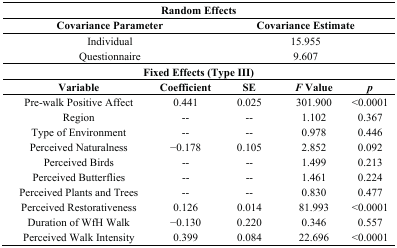
<table><thead><tr><td colspan="5"><b>Random Effects</b></td></tr><tr><td colspan="2"><b>Covariance Parameter</b></td><td colspan="3"><b>Covariance Estimate</b></td></tr></thead><tbody><tr><td colspan="2">Individual</td><td colspan="3">15.955</td></tr><tr><td colspan="2">Questionnaire</td><td colspan="3">9.607</td></tr><tr><td colspan="5"><b>Fixed Effects (Type III)</b></td></tr><tr><td><b>Variable</b></td><td><b>Coefficient</b></td><td><b>SE</b></td><td><b><i>F</i> Value</b></td><td><b><i>p</i></b></td></tr><tr><td>Pre-walk Positive Affect</td><td>0.441</td><td>0.025</td><td>301.900</td><td>&lt;0.0001</td></tr><tr><td>Region</td><td>--</td><td>--</td><td>1.102</td><td>0.367</td></tr><tr><td>Type of Environment</td><td>--</td><td>--</td><td>0.978</td><td>0.446</td></tr><tr><td>Perceived Naturalness</td><td>−0.178</td><td>0.105</td><td>2.852</td><td>0.092</td></tr><tr><td>Perceived Birds</td><td>--</td><td>--</td><td>1.499</td><td>0.213</td></tr><tr><td>Perceived Butterflies</td><td>--</td><td>--</td><td>1.461</td><td>0.224</td></tr><tr><td>Perceived Plants and Trees</td><td>--</td><td>--</td><td>0.830</td><td>0.477</td></tr><tr><td>Perceived Restorativeness</td><td>0.126</td><td>0.014</td><td>81.993</td><td>&lt;0.0001</td></tr><tr><td>Duration of WfH Walk</td><td>−0.130</td><td>0.220</td><td>0.346</td><td>0.557</td></tr><tr><td>Perceived Walk Intensity</td><td>0.399</td><td>0.084</td><td>22.696</td><td>&lt;0.0001</td></tr></tbody></table>